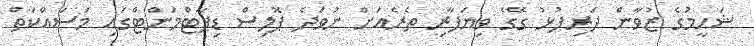
ޝަހީމުގެ ޒުވާން ދަރިފުޅު ގޭގެ ވިޔަފާރި ތެރެއަށް ނުވަދެ ޕޮލިސް ޑިޕާޓްމަންޓްގައި މަސައްކަތް